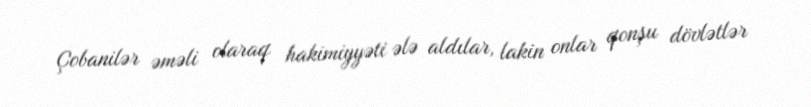
Çobanilər əməli olaraq hakimiyyəti ələ aldılar, lakin onlar qonşu dövlətlər